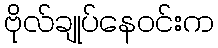
ဗိုလ်ချုပ်နေဝင်းက